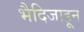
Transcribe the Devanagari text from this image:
भैदिजाहून